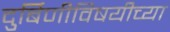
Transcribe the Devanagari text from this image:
दुर्बिणीविषयीच्या